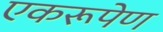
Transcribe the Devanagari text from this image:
एकरूपेण